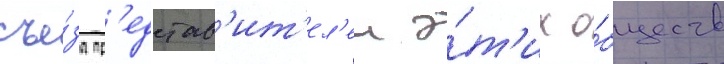
съе́зд пр'едстав'ит'ел'еи э́т'их о́бществ